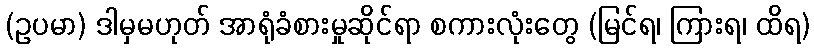
(ဥပမာ) ဒါမှမဟုတ် အာရုံခံစားမှုဆိုင်ရာ စကားလုံးတွေ (မြင်ရ၊ ကြားရ၊ ထိရ)